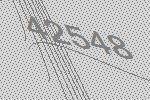
42548